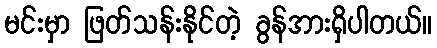
မင်းမှာ ဖြတ်သန်းနိုင်တဲ့ ခွန်အားရှိပါတယ်။